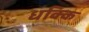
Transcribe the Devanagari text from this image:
धक्कि